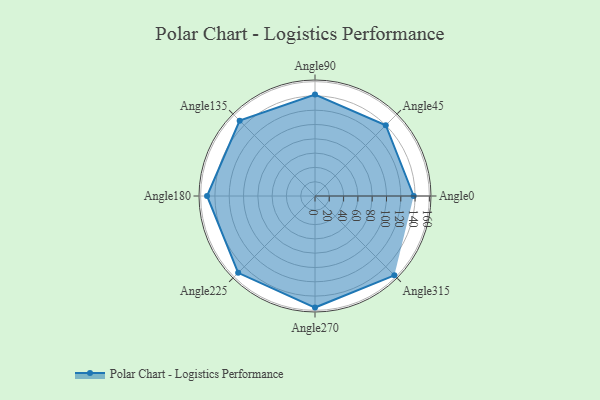
{"axis": {"x": "Angle", "y": "Radius"}, "legend": [""], "data": [{"x": "Angle0", "y": 138.0, "type": ""}, {"x": "Angle45", "y": 140.0, "type": ""}, {"x": "Angle90", "y": 142.0, "type": ""}, {"x": "Angle135", "y": 149.0, "type": ""}, {"x": "Angle180", "y": 151.0, "type": ""}, {"x": "Angle225", "y": 152.0, "type": ""}, {"x": "Angle270", "y": 156.0, "type": ""}, {"x": "Angle315", "y": 157.0, "type": ""}]}